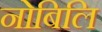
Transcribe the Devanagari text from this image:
नोबिलि